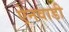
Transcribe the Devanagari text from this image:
ऐनवाडी